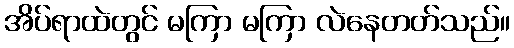
အိပ်ရာထဲတွင် မကြာ မကြာ လဲနေတတ်သည်။